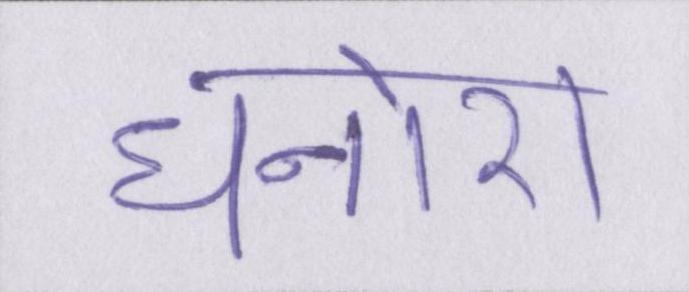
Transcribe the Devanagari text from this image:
धनोरा